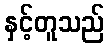
နှင့်တူသည်